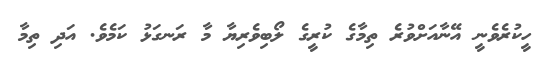
ހީކުރެވެނީ އޭނާއަށްވުރެ ތިމާގެ ކުރީގެ ލޯބިވެރިޔާ މާ ރަނގަޅު ކަމެވެ. އަދި ތިމާ